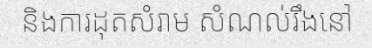
និងការដុតសំរាម សំណល់រឹងនៅ